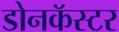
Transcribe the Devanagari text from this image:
डोनकॅस्टर